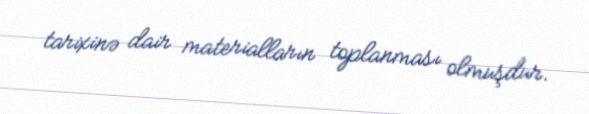
tarixinə dair materialların toplanması olmuşdur.